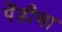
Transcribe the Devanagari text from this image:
पेंडीचा